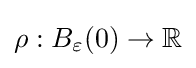
\rho :B_{\varepsilon }(0)\to \mathbb {R}